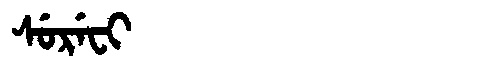
Manchu: ᠰᡠᡵᡝᠸᡳ
Romanization: SUREFI